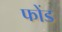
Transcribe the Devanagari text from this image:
फोंड